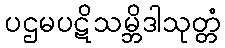
ပဌမပဋိသမ္ဘိဒါသုတ္တံ